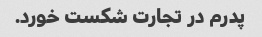
پدرم در تجارت شکست خورد.